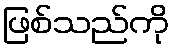
ဖြစ်သည်ကို